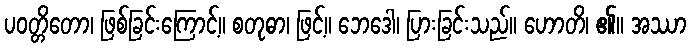
ပဝတ္တိတော၊ ဖြစ်ခြင်းကြောင့်။ စတုဓာ၊ ဖြင့်။ ဘေဒေါ၊ ပြားခြင်းသည်။ ဟောတိ၊ ၏။ အဿာ